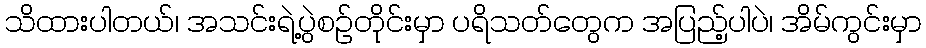
သိထားပါတယ်၊ အသင်းရဲ့ပွဲစဉ်တိုင်းမှာ ပရိသတ်တွေက အပြည့်ပါပဲ၊ အိမ်ကွင်းမှာ